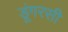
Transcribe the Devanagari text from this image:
डूंगरसी